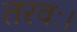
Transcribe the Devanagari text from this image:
तरवः।